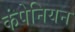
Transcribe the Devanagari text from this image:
कंपेनियन